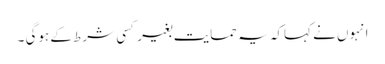
انہوں نے کہاکہ یہ حمایت بغیر کسی شرط کے ہوگی ۔